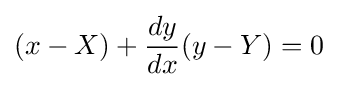
(x-X)+{\frac {dy}{dx}}(y-Y)=0